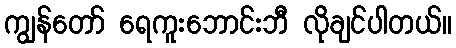
ကျွန်တော် ရေကူးဘောင်းဘီ လိုချင်ပါတယ်။